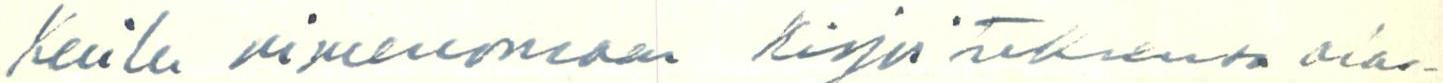
Kaila nimenomaan kirjoituksensa alus-